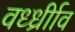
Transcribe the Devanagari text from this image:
वर्ध्ध्रीाव